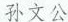
孙文公